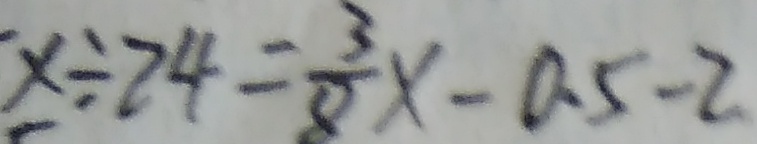
\times \div 2 4 = \frac { 3 } { 8 } x - 0 . 5 - 2